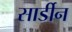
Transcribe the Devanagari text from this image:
सार्डीन